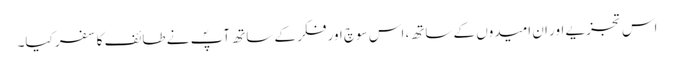
اس تجزیے اور ان امیدوں کے ساتھ، اس سوچ اور فکر کے ساتھ آپؐ نے طائف کا سفر کیا۔